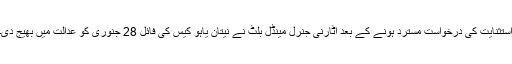
استثنایت کی درخواست مسترد ہونے کے بعد اٹارنی جنرل مینڈل بلٹ نے نیتان یاہو کیس کی فائل 28 جنوری کو عدالت میں بھیج دی۔